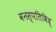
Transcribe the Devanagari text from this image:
वनस्पतिविद्